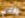
رزقي